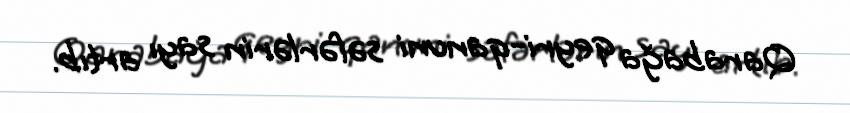
Qarabağa qeyri-qanuni səfərlərin sayı artıb.